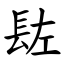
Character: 䦈